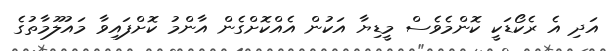
އަދި އެ ރެކޯޑަކީ ކޮންމެވެސް މީޑިޔާ އަކުން އެއްކޮށްގެން އާންމު ކޮށްފައިވާ މައުލޫމާތުގެ